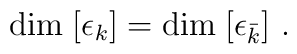
{\rm dim}\; [\epsilon_k]= {\rm dim}\; [\epsilon_{\bar k}] \ .